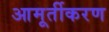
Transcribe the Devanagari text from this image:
आमूर्तीकरण